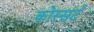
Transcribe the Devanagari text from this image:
कोस्सर्ट